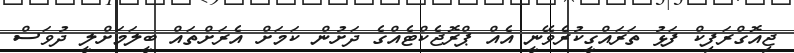
ޖިއޮގްރަފިކް ފަޅު ތަރައްގީކުރެވޭނީ އެއް ޕްރޮޖެކްޓެއްގެ ދަށުން ކަމަށް އެރަށްތައް ބީލަމަށްލީ ދުވަސް